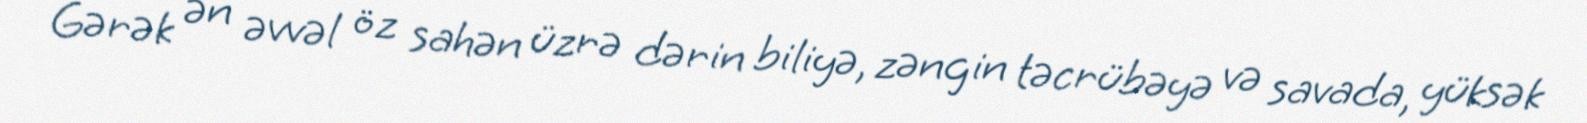
Gərək ən əvvəl öz sahən üzrə dərin biliyə, zəngin təcrübəyə və savada, yüksək